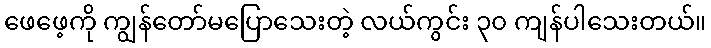
ဖေဖေ့ကို ကျွန်တော်မပြောသေးတဲ့ လယ်ကွင်း ၃၀ ကျန်ပါသေးတယ်။